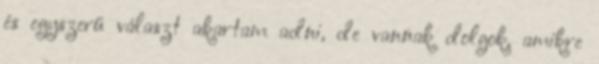
és egyszerű választ akartam adni, de vannak dolgok, amikre